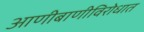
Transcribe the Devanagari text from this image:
आणीबाणीविरोधात